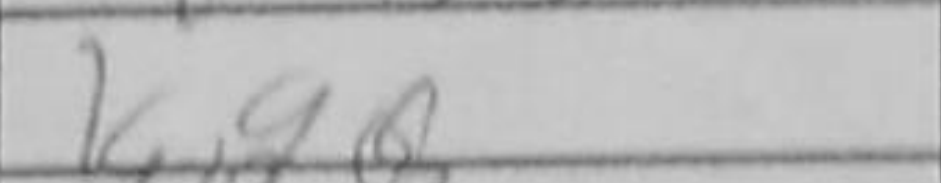
Transcription: Kg6